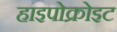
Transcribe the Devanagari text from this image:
हाइपोक्रोइट